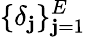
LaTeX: \{ \delta_{\mathbf{j}}\} _{\mathbf{j}=1}^{E}